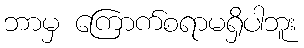
ဘာမှ ကြောက်စရာမရှိပါဘူး